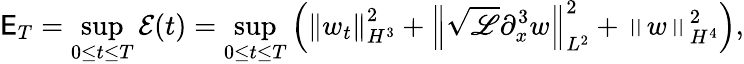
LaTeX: \mathsf{E}_{T}=\displaystyle\operatorname*{sup}_{0\leq t\leq T}\mathcal{E}(t)=\displaystyle\operatorname*{sup}_{0\leq t\leq T}\left(\left\| w_{t}\right\| _{H^{3}}^{2}+\left\| \sqrt{\mathscr{L}}\partial_{x}^{3}w\right\| _{L^{2}}^{2}+\left\| w\right\| _{H^{4}}^{2}\right),